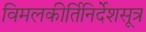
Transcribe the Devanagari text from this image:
विमलकीर्तिनिर्देशसूत्र